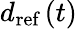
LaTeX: d_{\textrm{ref}}\left(t\right)